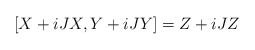
\begin{align*} [X+iJX,Y+iJY]=Z+iJZ\end{align*}